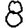
Digit: 8